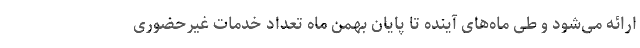
ارائه می‌شود و طی ماه‌های آینده تا پایان بهمن ماه تعداد خدمات غیرحضوری